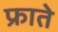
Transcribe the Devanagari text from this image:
फ्राते